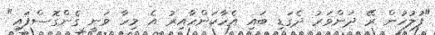
"ފުލުހުން ރޭ ދަންވަރު ދެގަޑި ބައި އެހާކަންހާއިރު އެ މިހާ ވަނީ ގެންގޮސްފައި"